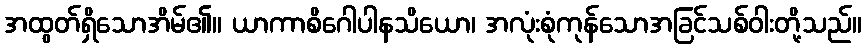
အထွတ်ရှိသောအိမ်၏။ ယာကာစိဂေါပါနသိယော၊ အလုံးစုံကုန်သောအခြင်သစ်ဝါးတို့သည်။